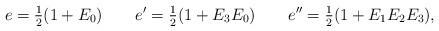
LaTeX: \begin{align*}e= {\textstyle\frac{1}{2}} (1 + E_0) \qquad e' = {\textstyle\frac{1}{2}} (1 + E_3 E_0) \qquad e'' = {\textstyle\frac{1}{2}} (1 + E_1 E_2 E_3) ,\end{align*}